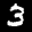
Label: 3